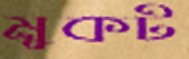
মুকট